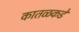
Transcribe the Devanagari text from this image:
कातळकडे